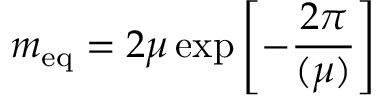
m _ { \mathrm { e q } } = 2 \mu \exp \left[ - \frac { 2 \pi } { \l ( \mu ) } \right]